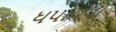
ધપાવવો